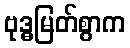
ဗုဒ္ဓမြတ်စွာက